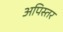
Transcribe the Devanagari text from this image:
अपिस्तर